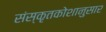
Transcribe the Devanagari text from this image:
संस्कृतकोशानुसार